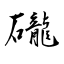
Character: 礲